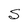
Character: S